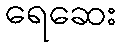
ရေဆေး